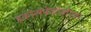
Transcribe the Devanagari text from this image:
इकोसेपेनटेनोएक